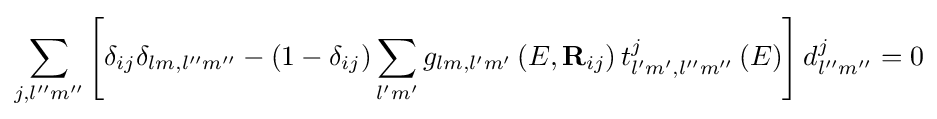
\sum \limits _{j,l''m''}{\left[{{\delta _{ij}}{\delta _{lm,l''m''}}-\left({1-{\delta _{ij}}}\right)\sum \limits _{l'm'}{{g_{lm,l'm'}}\left({E,{{\bf {R}}_{ij}}}\right)t_{l'm',l''m''}^{j}\left(E\right)}}\right]d_{l''m''}^{j}}=0